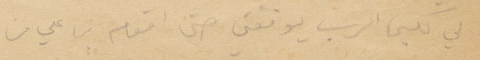
لي لكي الرب يوفقني حتى أقوم بما علي من